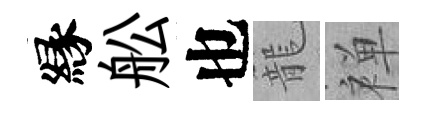
縁舩也籠禅